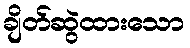
ချိတ်ဆွဲထားသော